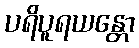
ပရိပူရယန္တော